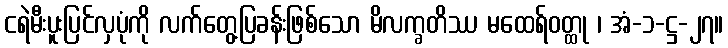
ငရဲမီးပူးပြင်လှပုံကို လက်တွေ့ပြခန်းဖြစ်သော မိလက္ခတိဿ မထေရ်ဝတ္ထု ၊ အံ-၁-ဋ္ဌ-၂၇။